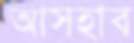
আসহাব